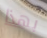
بهذا